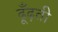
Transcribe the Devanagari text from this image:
ढूँढ़ती